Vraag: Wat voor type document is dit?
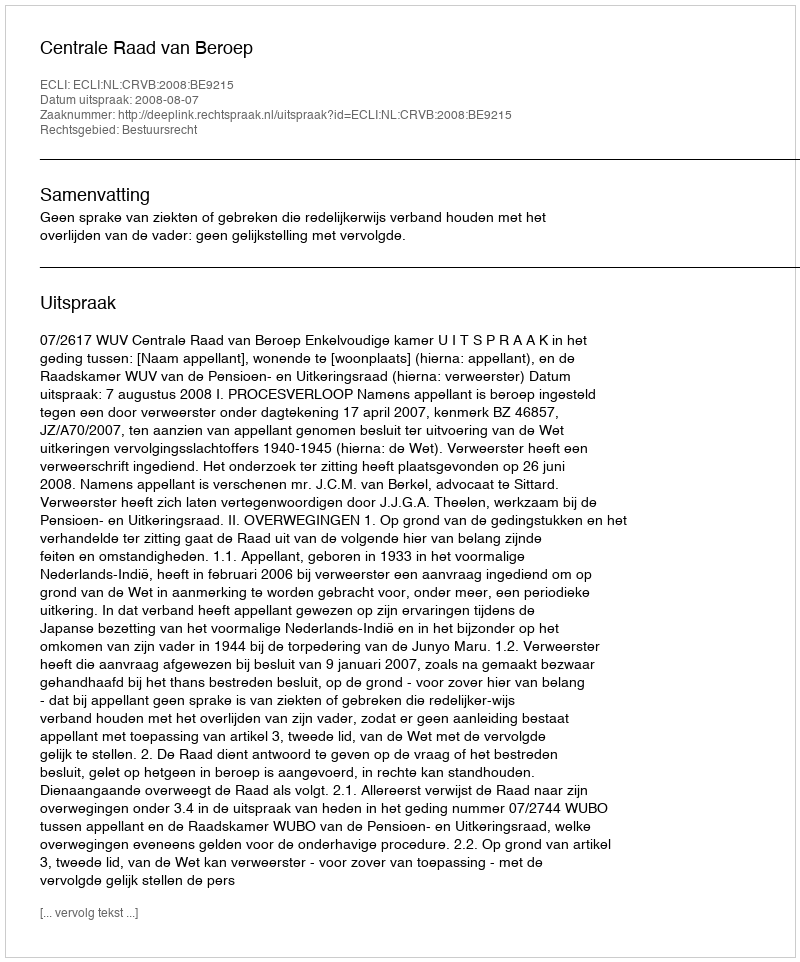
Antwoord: Uitspraak